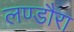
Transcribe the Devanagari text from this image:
लण्डौरा